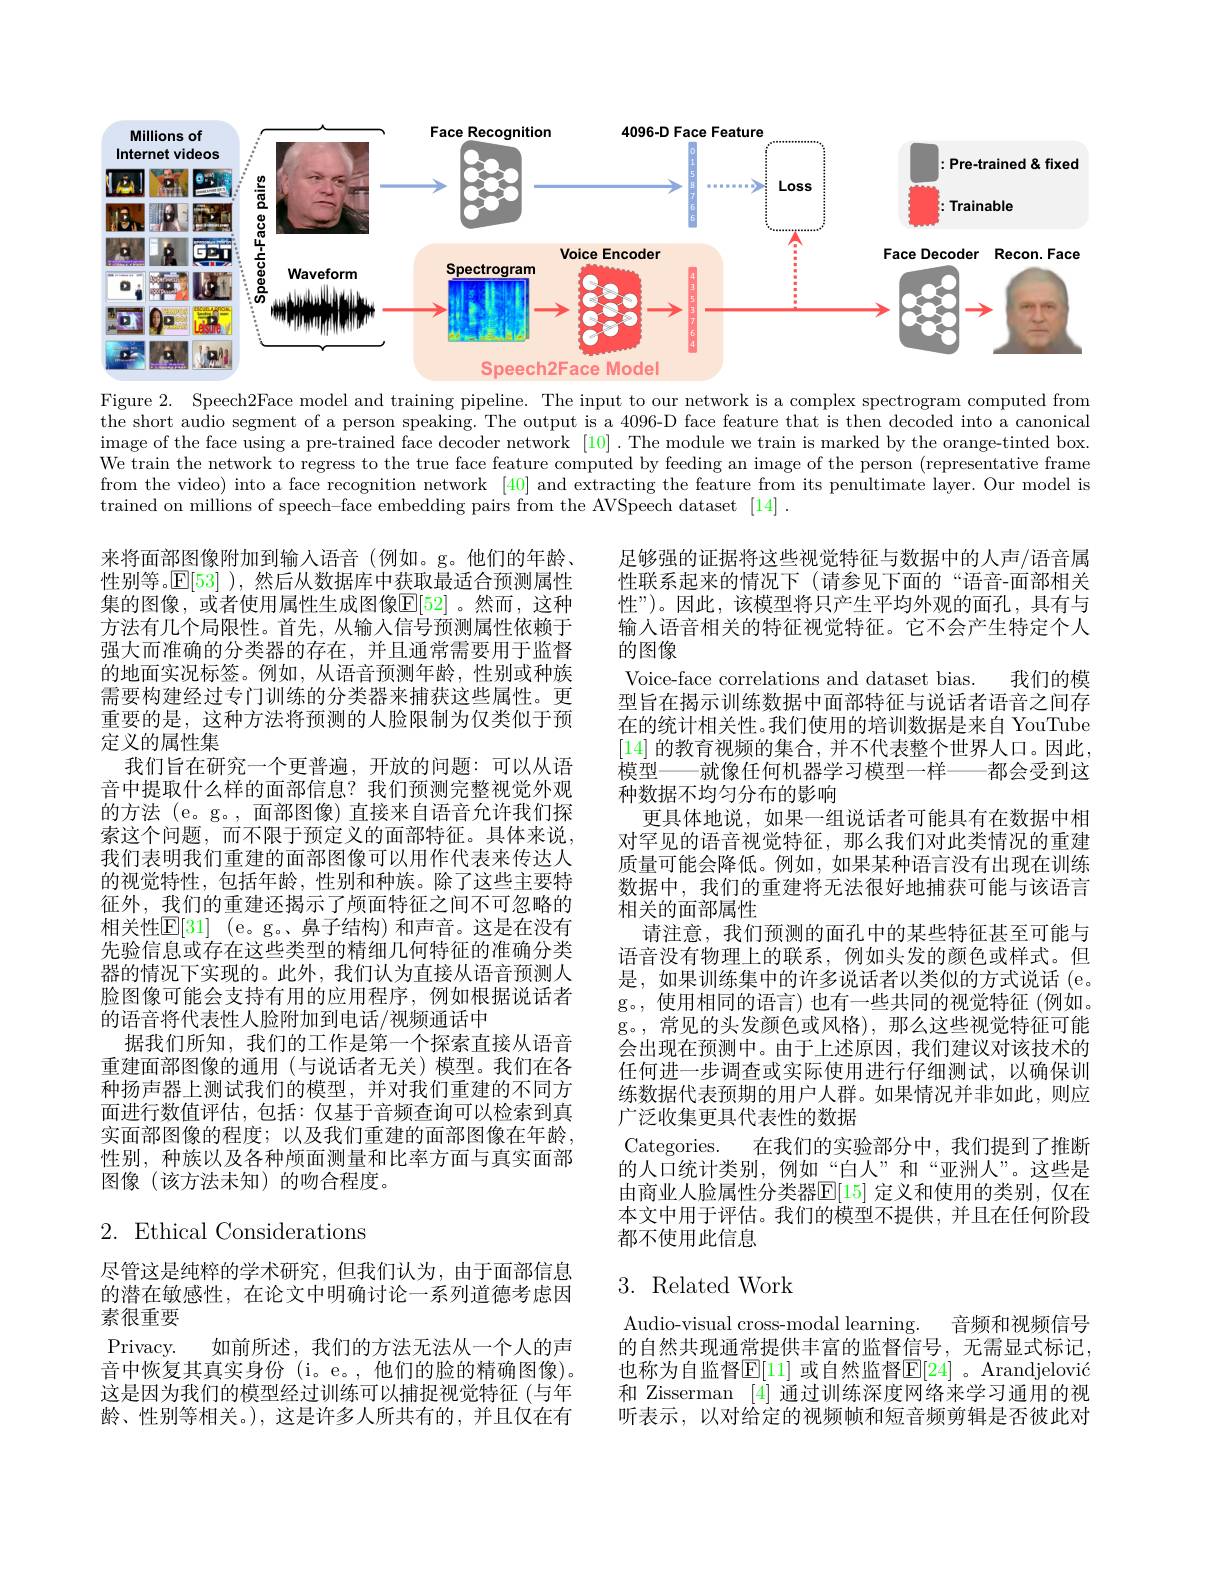
<FigureHere>
Figure 2. Speech2Face model and training pipeline. The input to our network is a complex spectrogram computed from

the short audio segment of a person speaking. The output is a 4096-D face feature that is then decoded into a canonical image of the face using a pre- trained face decoder network [ 10] . The module we train is marked by the orange- tinted box. We train the network to regress to the true face feature computed by feeding an image of the person (representative frame from the video) into a face recognition network [40] and extracting the feature from its penultimate layer. Our model is trained on millions of speech-face embedding pairs from the AVSpeech dataset [14].

来将面部图像附加到输入语音(例如。g。他们的年龄、 性别等。$\mathbb{E}[53]$ ),然后从数据库中获取最适合预测属性集的图像，或者使用属性生成图像$\mathbb{E}[52]$。然而，这种方法有几个局限性。首先，从输入信号预测属性依赖于强大而准确的分类器的存在，并且通常需要用于监督的地面实况标签。例如，从语音预测年龄，性别或种族需要构建经过专门训练的分类器来捕获这些属性。更重要的是，这种方法将预测的人脸限制为仅类似于预定义的属性集
我们旨在研究一个更普遍，开放的问题：可以从语音中提取什么样的面部信息？我们预测完整视觉外观的方法 (e。g。, 面部图像) 直接来自语音允许我们探索这个问题，而不限于预定义的面部特征。具体来说， 我们表明我们重建的面部图像可以用作代表来传达人的视觉特性，包括年龄，性别和种族。除了这些主要特征外，我们的重建还揭示了颅面特征之间不可忽略的相关性$\mathbb{E} [ 31]$ (e。g。鼻子结构)和声音。这是在没有先验信息或存在这些类型的精细几何特征的准确分类器的情况下实现的。此外，我们认为直接从语音预测人脸图像可能会支持有用的应用程序，例如根据说话者的语音将代表性人脸附加到电话/视频通话中
据我们所知，我们的工作是第一个探索直接从语音重建面部图像的通用(与说话者无关)模型。我们在各种扬声器上测试我们的模型，并对我们重建的不同方面进行数值评估，包括：仅基于音频查询可以检索到真实面部图像的程度；以及我们重建的面部图像在年龄， 性别，种族以及各种颅面测量和比率方面与真实面部图像(该方法未知)的吻合程度。

足够强的证据将这些视觉特征与数据中的人声/语音属性联系起来的情况下 (请参见下面的“语音-面部相关性”)。因此，该模型将只产生平均外观的面孔，具有与输入语音相关的特征视觉特征。它不会产生特定个人的图像
Voice-face correlations and dataset bias.
我们的模
型旨在揭示训练数据中面部特征与说话者语音之间存在的统计相关性。我们使用的培训数据是来自 YouTube [14] 的教育视频的集合，并不代表整个世界人口。因此， 模型——就像任何机器学习模型一样——都会受到这种数据不均匀分布的影响
更具体地说，如果一组说话者可能具有在数据中相对罕见的语音视觉特征，那么我们对此类情况的重建质量可能会降低。例如，如果某种语言没有出现在训练数据中，我们的重建将无法很好地捕获可能与该语言相关的面部属性
请注意，我们预测的面孔中的某些特征甚至可能与语音没有物理上的联系.例如头发的颜色或样式。但是，如果训练集中的许多说话者以类似的方式说话(e。g。,使用相同的语言)也有一些共同的视觉特征(例如。g。,常见的头发颜色或风格),那么这些视觉特征可能会出现在预测中。由于上述原因，我们建议对该技术的任何进一步调查或实际使用进行仔细测试，以确保训练数据代表预期的用户人群。如果情况并非如此，则应广泛收集更具代表性的数据
Categories. 在我们的实验部分中，我们提到了推断的人口统计类别，例如\_“白人”和“亚洲人”。这些是由商业人脸属性分类器$\mathbb{E}[15]$ 定义和使用的类别，仅在本文中用于评估。我们的模型不提供，并且在任何阶段都不使用此信息

# $2.{\mathrm{~Ethical~Considerations}}$

# 3. Related Work

尽管这是纯粹的学术研究，但我们认为，由于面部信息的潜在敏感性，在论文中明确讨论一系列道德考虑因素很重要
Privacy. 如前所述，我们的方法无法从一个人的声音中恢复其真实身份 (i。e。,他们的脸的精确图像)。这是因为我们的模型经过训练可以捕捉视觉特征(与年龄、性别等相关。),这是许多人所共有的，并且仅在有

Audio-visual cross-modal learning. 音频和视频信号的自然共现通常提供丰富的监督信号，无需显式标记， 也称为自监督$\mathbb{E}[1]$ 或自然监督$\mathbb{E}[24]$ 。Arandjelović 和 Zisserman [4] 通过训练深度网络来学习通用的视听表示，以对给定的视频帧和短音频剪辑是否彼此对